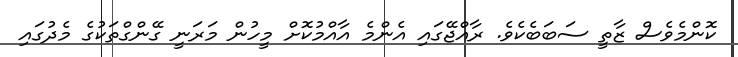
ކޮންމެވެސް ޒާތީ ސަބަބެކެވެ. ރާއްޖޭގައި އެންމެ އާއްމުކޮށް މީހުން މަރަނީ ގޭންގްތަކުގެ މެދުގައި